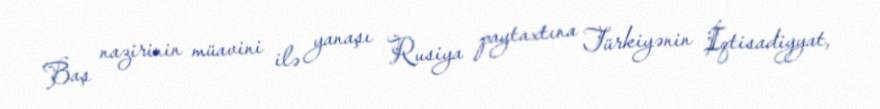
Baş nazirinin müavini ilə yanaşı Rusiya paytaxtına Türkiyənin İqtisadiyyat,